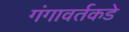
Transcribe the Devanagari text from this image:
गंगावर्तकडे